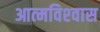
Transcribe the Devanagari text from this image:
आत्‍मविश्‍वास